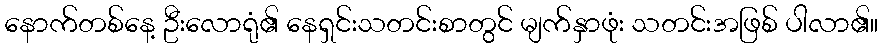
နောက်တစ်နေ့ ဦးလောရုံ၏ နေရှင်းသတင်းစာတွင် မျက်နှာဖုံး သတင်းအဖြစ် ပါလာ၏။